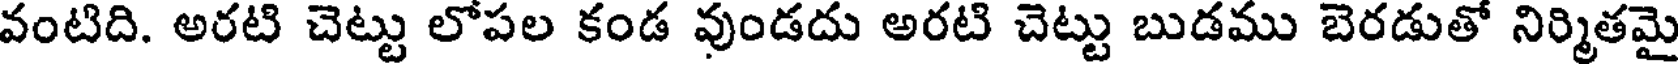
వంటిది. అరటి చెట్టు లోపల కండ వుండదు అరటి చెట్టు బుడము బెరడుతో నిర్మితమై